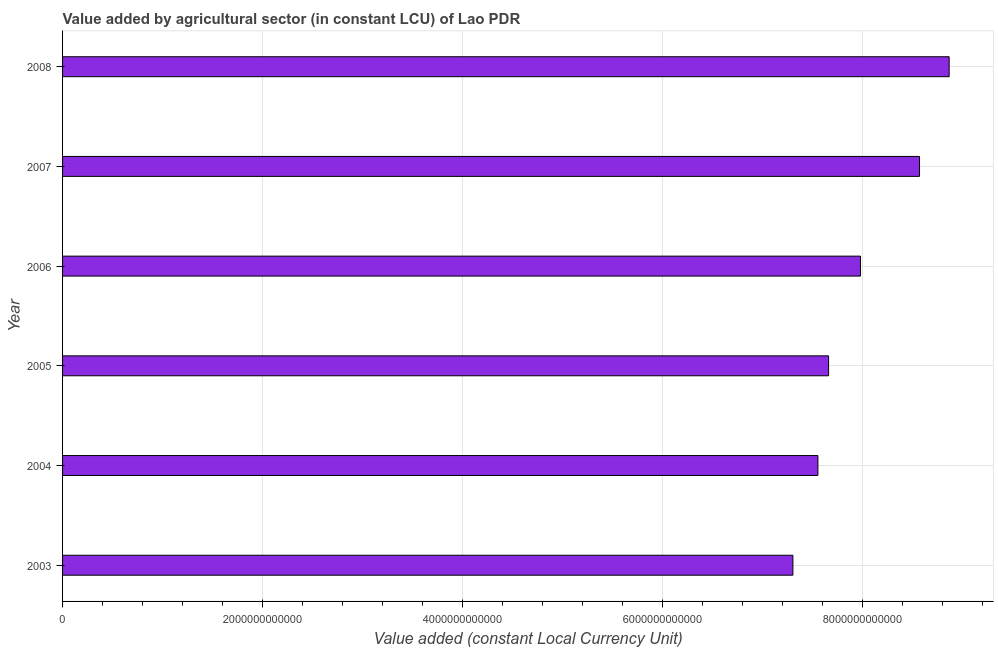
| Year | Agriculture |
 | --- | --- |
 | 2003 | 7.3e+12 |
 | 2004 | 7.55e+12 |
 | 2005 | 7.66e+12 |
 | 2006 | 7.98e+12 |
 | 2007 | 8.57e+12 |
 | 2008 | 8.87e+12 |